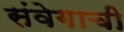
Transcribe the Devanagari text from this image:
संवेगाची